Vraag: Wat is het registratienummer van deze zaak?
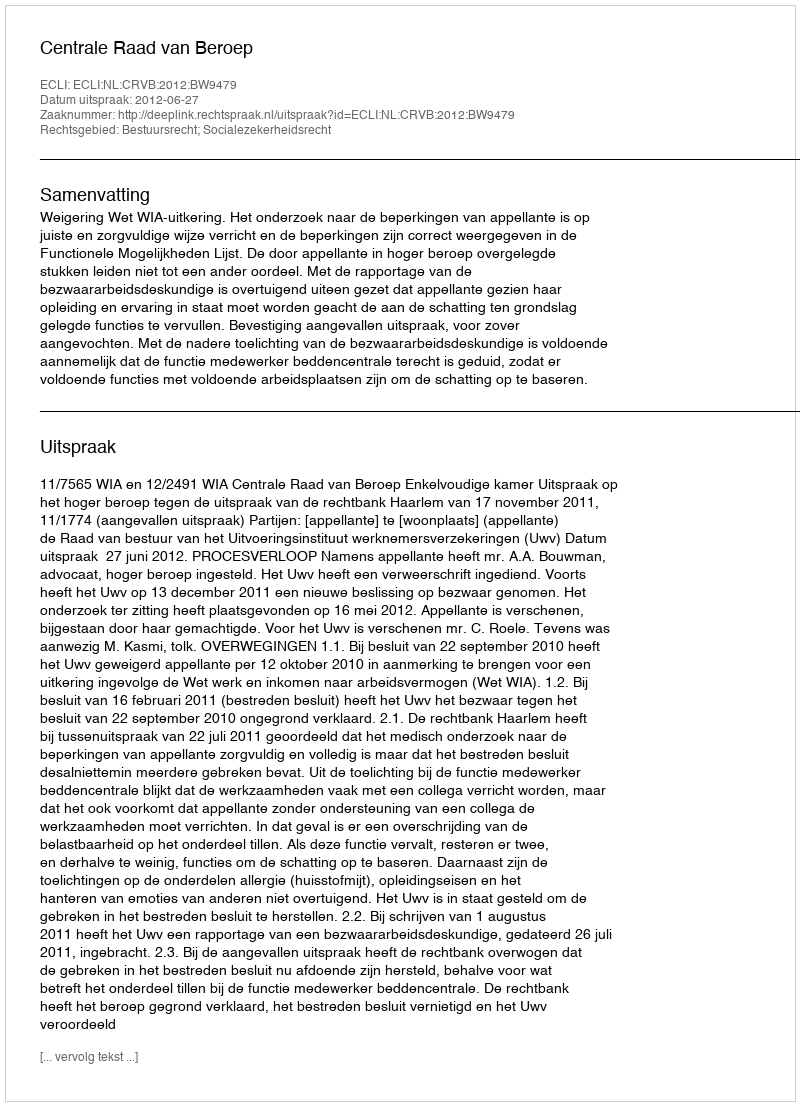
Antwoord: http://deeplink.rechtspraak.nl/uitspraak?id=ECLI:NL:CRVB:2012:BW9479